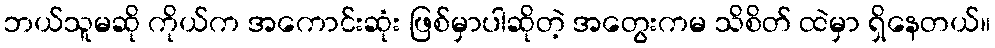
ဘယ်သူမဆို ကိုယ်က အကောင်းဆုံး ဖြစ်မှာပါဆိုတဲ့ အတွေးကမ သိစိတ် ထဲမှာ ရှိနေတယ်။